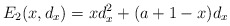
\begin{align*}E_2 (x, d_x) = xd_x^2 + (a+1-x) d_x\end{align*}